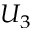
U _ { 3 }